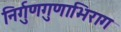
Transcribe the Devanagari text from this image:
निर्गुणगुणाभिराग